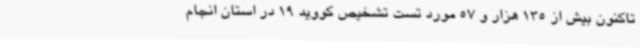
تاکنون بیش از 135 هزار و 57 مورد تست تشخیص کووید 19 در استان انجام